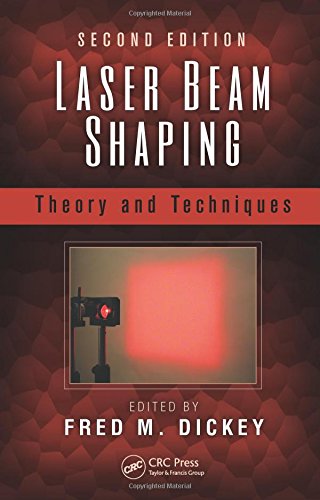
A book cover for Laser Beam Shaping: Theory and Techniques, Second Edition; Science & Math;